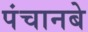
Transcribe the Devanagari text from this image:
पंचानबे